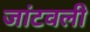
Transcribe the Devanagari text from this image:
जांटवली